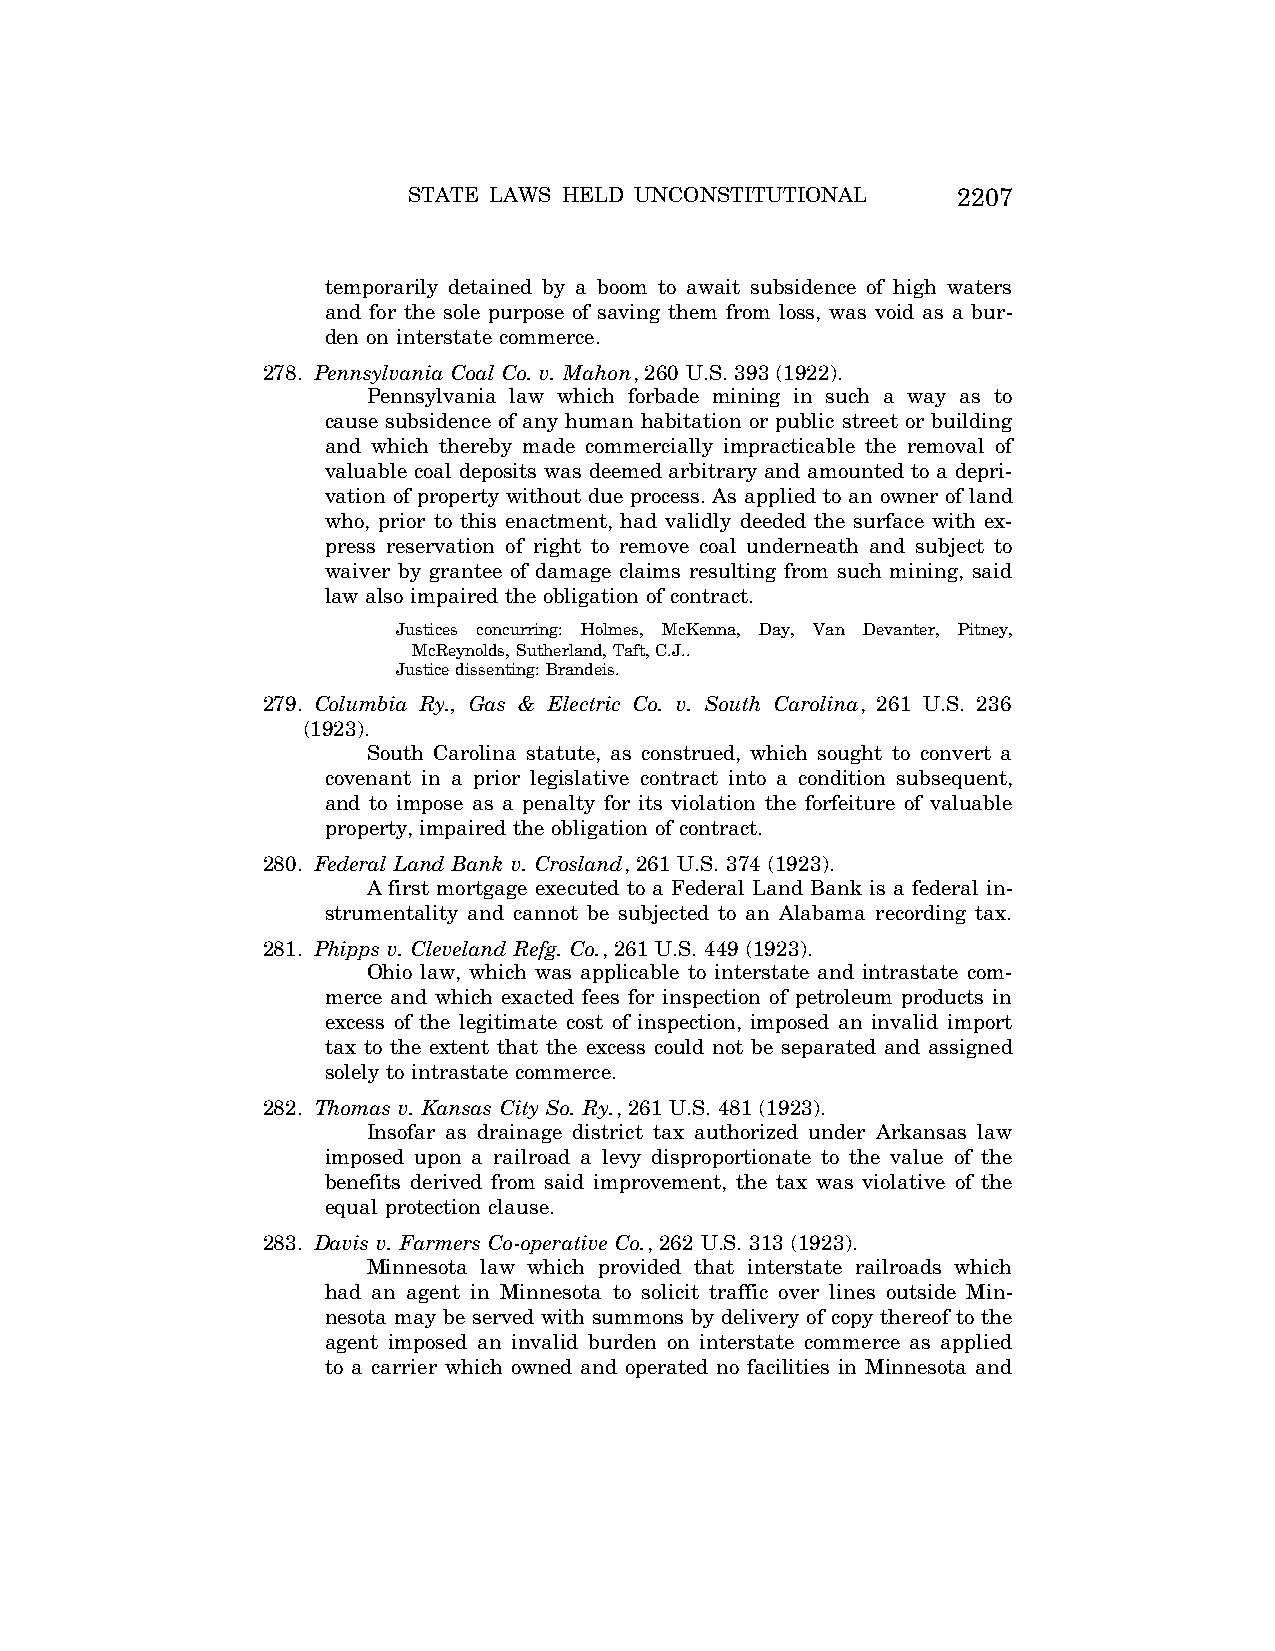
STATE LAWS HELD UNCONSTITUTIONAL    2207
 temporarily detained by a boom to await subsidence of high waters
 and for the sole purpose of saving them from loss, was void as a bur-
 den on interstate commerce.
 278. Pennsylvania Coal Co. v. Mahon, 260 U.S. 393 (1922).
 Pennsylvania law which forbade mining in such a way as to
 cause subsidence of any human habitation or public street or building
 and which thereby made commercially impracticable the removal of
 valuable coal deposits was deemed arbitrary and amounted to a depri-
 vation of property without due process. As applied to an owner of land
 who, prior to this enactment, had validly deeded the surface with ex-
 press reservation of right to remove coal underneath and subject to
 waiver by grantee of damage claims resulting from such mining, said
 law also impaired the obligation of contract.
 Justices concurring: Holmes, McKenna, Day, Van Devanter, Pitney,
 McReynolds, Sutherland, Taft, C.J..
 Justice dissenting: Brandeis.
 279. Columbia Ry., Gas & Electric Co. v. South Carolina, 261 U.S. 236
 (1923).
 South Carolina statute, as construed, which sought to convert a
 covenant in a prior legislative contract into a condition subsequent,
 and to impose as a penalty for its violation the forfeiture of valuable
 property, impaired the obligation of contract.
 280. Federal Land Bank v. Crosland, 261 U.S. 374 (1923).
 A first mortgage executed to a Federal Land Bank is a federal in-
 strumentality and cannot be subjected to an Alabama recording tax.
 281. Phipps v. Cleveland Refg. Co., 261 U.S. 449 (1923).
 Ohio law, which was applicable to interstate and intrastate com-
 merce and which exacted fees for inspection of petroleum products in
 excess of the legitimate cost of inspection, imposed an invalid import
 tax to the extent that the excess could not be separated and assigned
 solely to intrastate commerce.
 282. Thomas v. Kansas City So. Ry., 261 U.S. 481 (1923).
 Insofar as drainage district tax authorized under Arkansas law
 imposed upon a railroad a levy disproportionate to the value of the
 benefits derived from said improvement, the tax was violative of the
 equal protection clause.
 283. Davis v. Farmers Co-operative Co., 262 U.S. 313 (1923).
 Minnesota law which provided that interstate railroads which
 had an agent in Minnesota to solicit traffic over lines outside Min-
 nesota may be served with summons by delivery of copy thereof to the
 agent imposed an invalid burden on interstate commerce as applied
 to a carrier which owned and operated no facilities in Minnesota and
 VerDate Aug<04>2004 12:57 Aug 23, 2004 Jkt 077500 PO 00000 Frm 00047 Fmt 8222 Sfmt 8222 C:\CONAN\CON064.SGM PRFM99 PsN: CON064